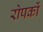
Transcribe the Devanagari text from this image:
रोपकों